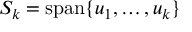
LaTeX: S _ { k } = \operatorname { s p a n } \{ u _ { 1 } , \ldots , u _ { k } \}